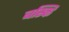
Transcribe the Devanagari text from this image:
बस्कि